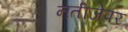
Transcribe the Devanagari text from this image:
नतीजेपर